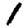
Digit: 1